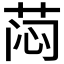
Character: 𰱉